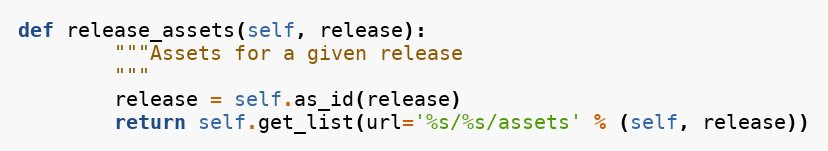
Language: Python
def release_assets(self, release):
        """Assets for a given release
        """
        release = self.as_id(release)
        return self.get_list(url='%s/%s/assets' % (self, release))